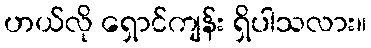
ဟယ်လို ရှောင်ကျန်း ရှိပါသလား။